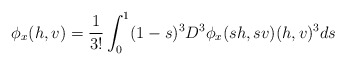
\begin{align*}\phi _x(h,v)=\frac{1}{3!}\int_0^1(1-s)^3D^3\phi _x(sh,sv)(h,v)^3ds\end{align*}